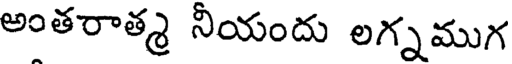
అంతరాత్మ నీయందు లగ్నముగ